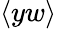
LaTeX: \langle yw\rangle